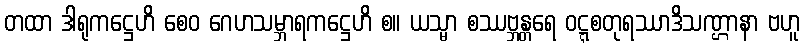
တထာ ဒါရုကဋ္ဌေဟိ စေဝ ဂေဟသမ္ဘာရကဋ္ဌေဟိ စ။ ယသ္မာ စဿဗ္ဘန္တရေ ဝဋ္ဋစတုရဿာဒိသဏ္ဌာနာ ဗဟူ